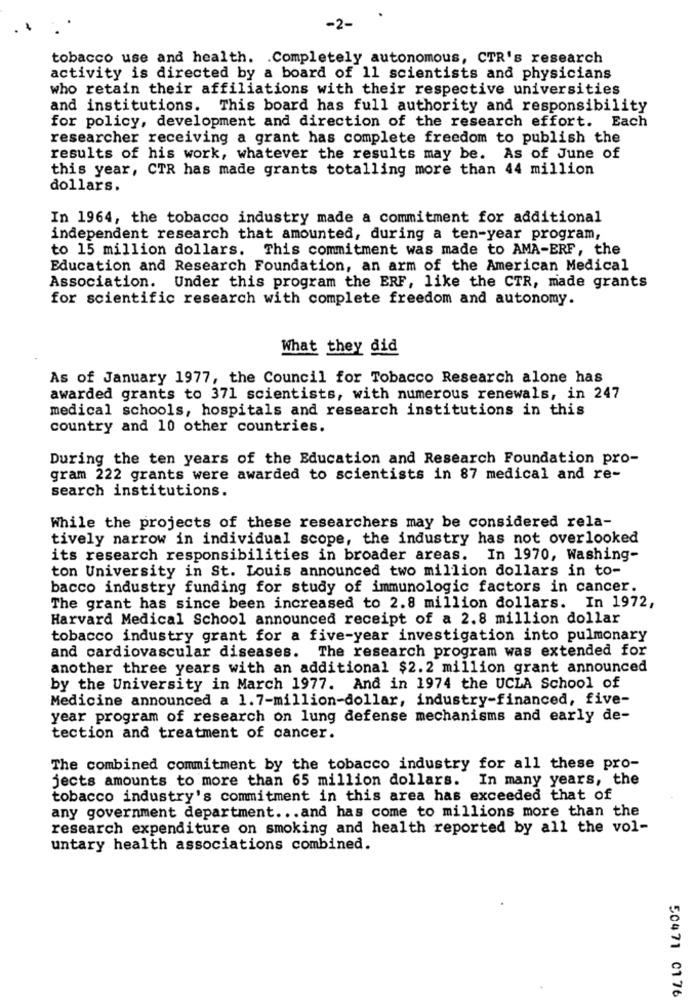
-2-
tobacco use and health. . Completely autonomous, CTR's research
activity is directed by a board of 11 scientists and physicians
who retain their affiliations with their respective universities
and institutions. This board has full authority and responsibility
for policy, development and direction of the research effort. Each
researcher receiving a grant has complete freedom to publish the
results of his work, whatever the results may be. As of June of
this year, CTR has made grants totalling more than 44 million
dollars.
In 1964, the tobacco industry made a commitment for additional
independent research that amounted, during a ten-year program,
to 15 million dollars. This commitment was made to AMA-ERF, the
Education and Research Foundation, an arm of the American Medical
Association. Under this program the ERF, like the CTR, made grants
for scientific research with complete freedom and autonomy.
What they did
As of January 1977, the Council for Tobacco Research alone has
awarded grants to 371 scientists, with numerous renewals, in 247
medical schools, hospitals and research institutions in this
country and 10 other countries.
During the ten years of the Education and Research Foundation pro-
gram 222 grants were awarded to scientists in 87 medical and re-
search institutions.
While the projects of these researchers may be considered rela-
tively narrow in individual scope, the industry has not overlooked
its research responsibilities in broader areas. In 1970, Washing-
ton University in St. Louis announced two million dollars in to-
bacco industry funding for study of immunologic factors in cancer.
The grant has since been increased to 2.8 million dollars. In 1972,
Harvard Medical School announced receipt of a 2.8 million dollar
tobacco industry grant for a five-year investigation into pulmonary
and cardiovascular diseases. The research program was extended for
another three years with an additional $2.2 million grant announced
by the University in March 1977. And in 1974 the UCLA School of
Medicine announced a 1.7-million-dollar, industry-financed, five-
year program of research on lung defense mechanisms and early de-
tection and treatment of cancer.
The combined commitment by the tobacco industry for all these pro-
jects amounts to more than 65 million dollars.
In many years, the
tobacco industry's commitment in this area has exceeded that of
any government department ... and has come to millions more than the
research expenditure on smoking and health reported by all the vol-
untary health associations combined.
50471 0176